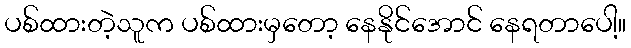
ပစ်ထားတဲ့သူက ပစ်ထားမှတော့ နေနိုင်အောင် နေရတာပေါ့။